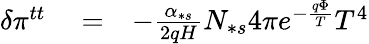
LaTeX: \begin{array}{rlr}{\delta\pi^{tt}}&{{}=}&{-\frac{\alpha_{\ast s}}{2qH}N_{\ast s}4\pi e^{-\frac{q\Phi}{T}}T^{4}}\end{array}